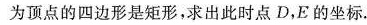
为顶点的四边形是矩形，求出此时点D，E的坐标。